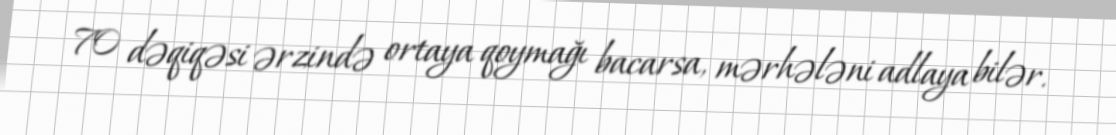
70 dəqiqəsi ərzində ortaya qoymağı bacarsa, mərhələni adlaya bilər.